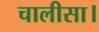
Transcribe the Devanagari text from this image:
चालीसा।